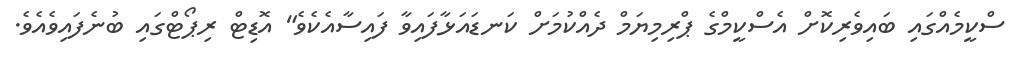
ސްކީމެއްގައި ބައިވެރިކޮށް އެސްކީމްގެ ޕްރިމިޔަމް ދެއްކުމަށް ކަނޑައަޅާފައިވާ ފައިސާއެކެވެ" އޮޑިޓް ރިޕޯޓްގައި ބުނެފައިވެއެވެ.